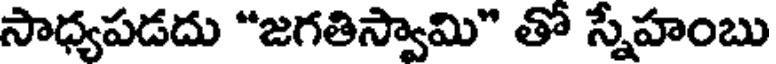
సాధ్యపడదు "జగతిస్వామి" తో స్నేహంబు